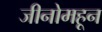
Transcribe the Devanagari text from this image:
जीनोमहून